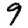
Digit: 9